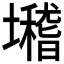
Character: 𡓈